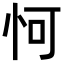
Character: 𪫧